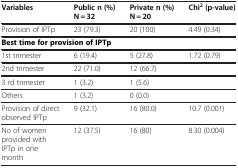
<table><thead><tr><td><b>Variables</b></td><td><b>Public n (%) N = 32</b></td><td><b>Private n (%) N = 20</b></td><td><b>Chi<sup>2</sup> (p-value)</b></td></tr></thead><tbody><tr><td>Provision of IPTp</td><td>23 (79.3)</td><td>20 (100)</td><td>4.49 (0.34)</td></tr><tr><td colspan="4"><b>Best time for provision of IPTp</b></td></tr><tr><td>1st trimester</td><td>6 (19.4)</td><td>5 (27.8)</td><td>1.72 (0.79)</td></tr><tr><td>2nd trimester</td><td>22 (71.0)</td><td>12 (66.7)</td><td> </td></tr><tr><td>3 rd trimester</td><td>1 (3.2)</td><td>1 (5.6)</td><td> </td></tr><tr><td>Others</td><td>1 (3.2)</td><td>0 (0.0)</td><td> </td></tr><tr><td>Provision of direct observed IPTp</td><td>9 (32.1)</td><td>16 (80.0)</td><td>10.7 (0.001)</td></tr><tr><td>No of women provided with IPTp in one month</td><td>12 (37.5)</td><td>16 (80)</td><td>8.30 (0.004)</td></tr></tbody></table>